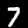
Digit: 7